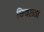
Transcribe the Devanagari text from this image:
छिन्नलता